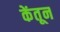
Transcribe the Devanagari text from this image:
केंतून